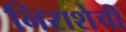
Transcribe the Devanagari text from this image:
निराशेची